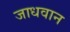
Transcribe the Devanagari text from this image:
जाधवान